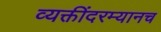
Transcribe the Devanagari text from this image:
व्यक्तींदरम्यानच